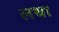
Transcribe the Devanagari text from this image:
लथा